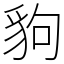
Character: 豿